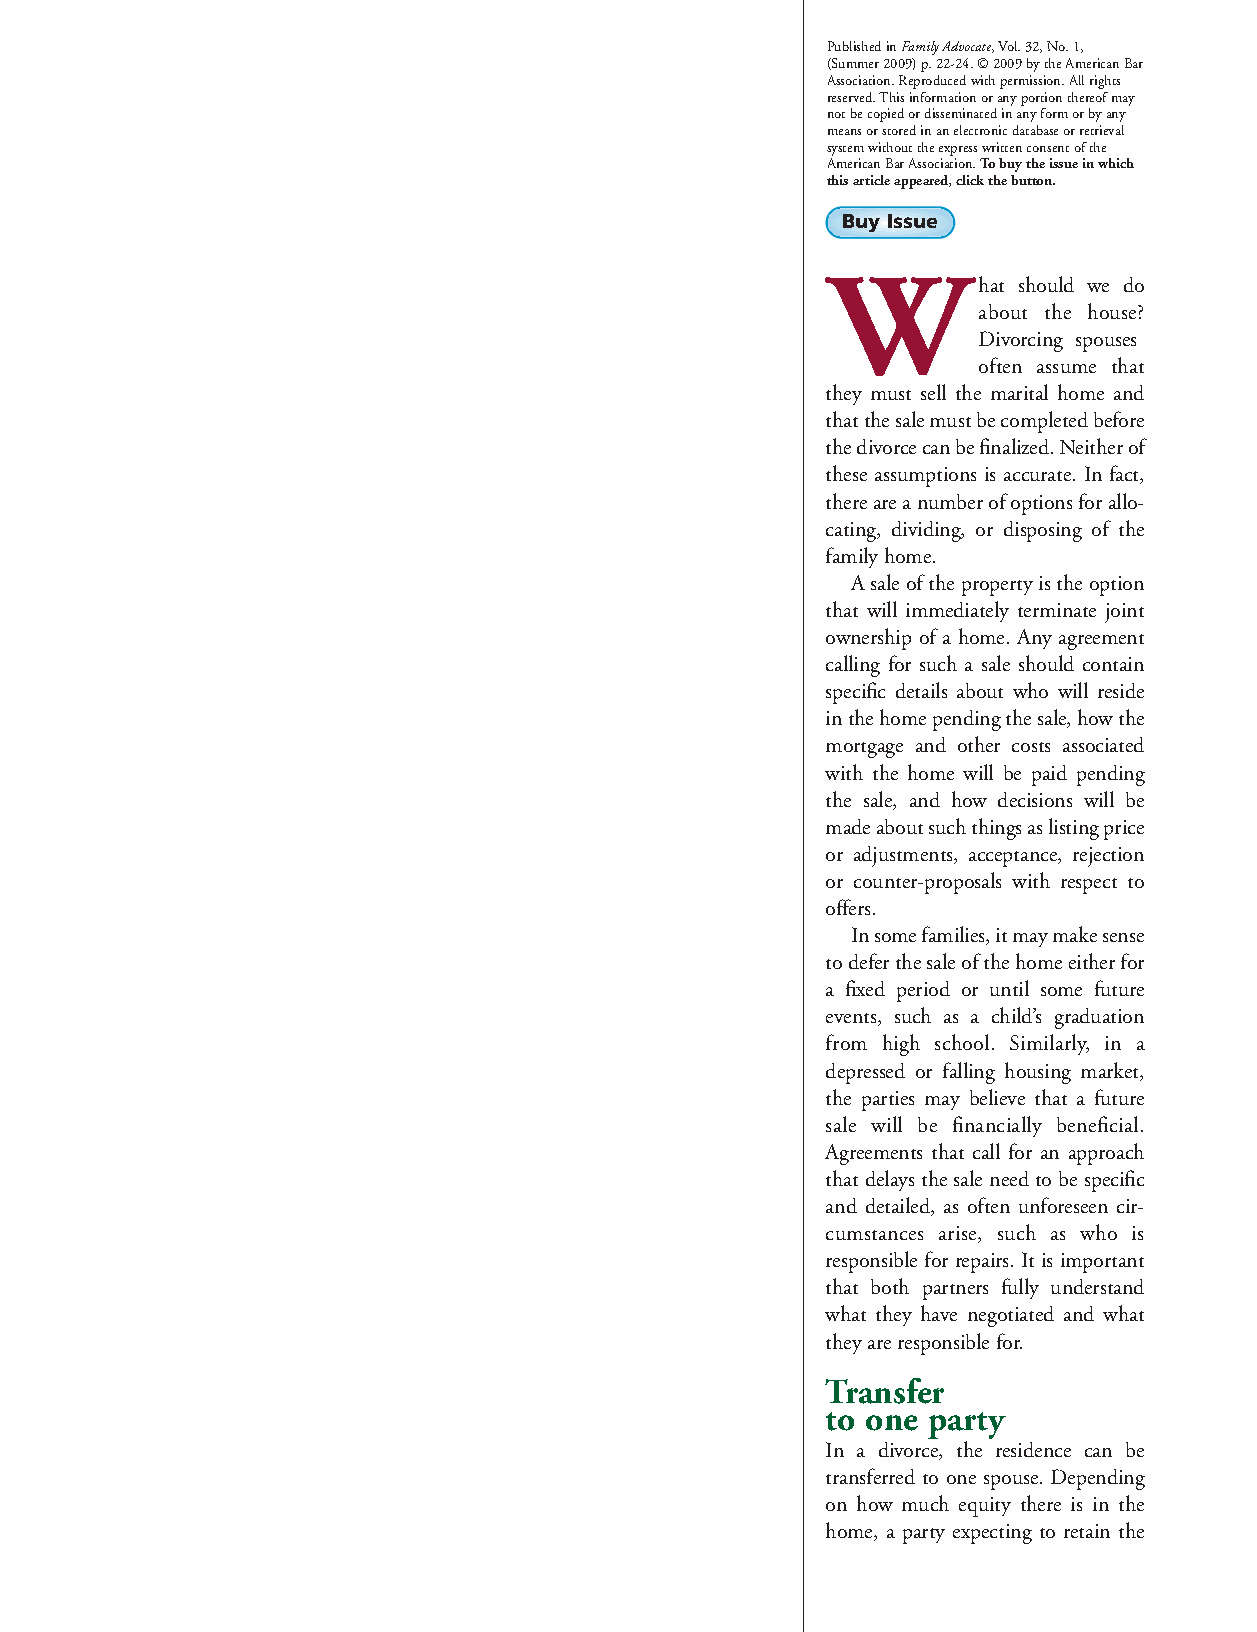
PublishedinFamilyAdvocate,Vol.32,No.1,
 (Summer2009)p.22-24.©2009bytheAmericanBar
 Association.Reproducedwithpermission.Allrights
 reserved.Thisinformationoranyportionthereofmay
 notbecopiedordisseminatedinanyformorbyany
 meansorstoredinanelectronicdatabaseorretrieval
 systemwithouttheexpresswrittenconsentofthe
 AmericanBarAssociation.Tobuytheissueinwhich
 thisarticleappeared,clickthebutton.
 Buy Issue
 W
 hat should we do
 about the house?
 Divorcing spouses
 often assume that
 they must sell the marital home and
 thatthesalemustbecompletedbefore
 thedivorcecanbefinalized.Neitherof
 these assumptions is accurate. In fact,
 thereareanumberofoptionsforallo-
 cating, dividing, or disposing of the
 familyhome.
 Asaleofthepropertyistheoption
 that will immediately terminate joint
 ownership of a home. Any agreement
 calling for such a sale should contain
 specific details about who will reside
 inthehomependingthesale,howthe
 mortgage and other costs associated
 with the home will be paid pending
 the sale, and how decisions will be
 madeaboutsuchthingsaslistingprice
 or adjustments, acceptance, rejection
 or counter-proposals with respect to
 offers.
 Insomefamilies,itmaymakesense
 todeferthesaleofthehomeeitherfor
 a fixed period or until some future
 events, such as a child’s graduation
 from high school. Similarly, in a
 depressed or falling housing market,
 the parties may believe that a future
 sale will be financially beneficial.
 Agreements that call for an approach
 thatdelaysthesaleneedtobespecific
 and detailed, as often unforeseen cir-
 cumstances arise, such as who is
 responsibleforrepairs.Itisimportant
 that both partners fully understand
 what they have negotiated and what
 theyareresponsiblefor.
 Transfer
 to one party
 In a divorce, the residence can be
 transferred to one spouse. Depending
 on how much equity there is in the
 home, a party expecting to retain the